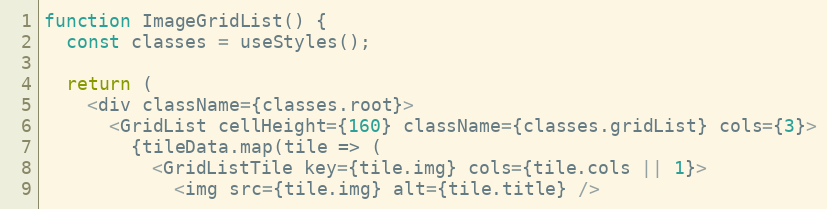
Language: JavaScript
function ImageGridList() {
  const classes = useStyles();

  return (
    <div className={classes.root}>
      <GridList cellHeight={160} className={classes.gridList} cols={3}>
        {tileData.map(tile => (
          <GridListTile key={tile.img} cols={tile.cols || 1}>
            <img src={tile.img} alt={tile.title} />